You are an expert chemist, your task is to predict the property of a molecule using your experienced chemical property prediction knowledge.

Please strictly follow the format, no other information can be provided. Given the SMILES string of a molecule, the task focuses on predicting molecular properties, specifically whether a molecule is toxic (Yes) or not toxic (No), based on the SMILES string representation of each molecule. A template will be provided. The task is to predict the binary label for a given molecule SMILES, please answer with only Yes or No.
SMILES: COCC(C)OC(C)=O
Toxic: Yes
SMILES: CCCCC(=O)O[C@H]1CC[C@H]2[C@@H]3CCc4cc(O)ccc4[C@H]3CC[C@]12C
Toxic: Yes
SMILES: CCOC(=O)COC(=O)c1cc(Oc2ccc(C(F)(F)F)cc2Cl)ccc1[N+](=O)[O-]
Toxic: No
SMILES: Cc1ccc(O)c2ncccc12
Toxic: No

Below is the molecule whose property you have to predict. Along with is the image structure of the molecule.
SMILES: CCCCOC(=O)COC(=O)c1ccccc1C(=O)OCCCC
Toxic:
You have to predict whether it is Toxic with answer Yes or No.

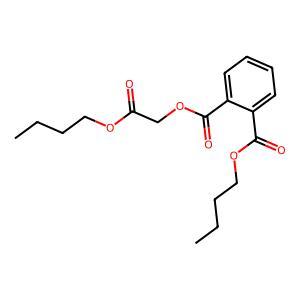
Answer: No